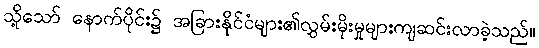
သို့သော် နောက်ပိုင်း၌ အခြားနိုင်ငံများ၏လွှမ်းမိုးမှုများကျဆင်းလာခဲ့သည်။